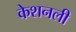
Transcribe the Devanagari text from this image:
केशनली